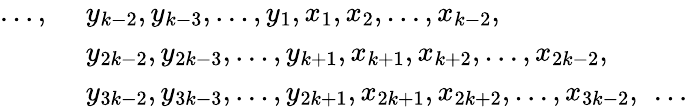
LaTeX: \begin{array}{rl}{\ldots,\ }&{y_{k-2},y_{k-3},\ldots,y_{1},x_{1},x_{2},\ldots,x_{k-2},}\\ &{y_{2k-2},y_{2k-3},\ldots,y_{k+1},x_{k+1},x_{k+2},\ldots,x_{2k-2},}\\ &{y_{3k-2},y_{3k-3},\ldots,y_{2k+1},x_{2k+1},x_{2k+2},\ldots,x_{3k-2},\ \ldots}\end{array}